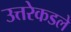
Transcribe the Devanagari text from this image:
उत्तरेकडले